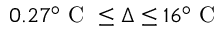
0 . 2 7 ^ { \circ } \mathrm { ~ C ~ } \leq \Delta \leq 1 6 ^ { \circ } \mathrm { ~ C ~ }